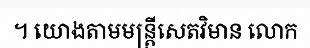
។ យោងតាមមន្ត្រីសេតវិមាន លោក